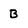
Character: B